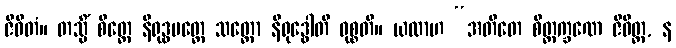
ဇီဝိတံ။ တသ္မိံ စိတ္တေ နိရုဒ္ဓမတ္တေ သတ္တော နိရုဒ္ဓေါတိ ဝုစ္စတိ။ ယထာဟ “အတီတေ စိတ္တက္ခဏေ ဇီဝိတ္ထ, န